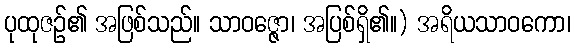
ပုထုဇဉ်၏ အဖြစ်သည်။ သာဝဇ္ဇော၊ အပြစ်ရှိ၏။) အရိယသာဝကော၊